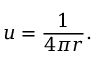
u = { \frac { 1 } { 4 \pi r } } .